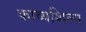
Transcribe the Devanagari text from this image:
काव्यशिल्प